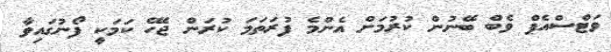
ވަޓްސްއެޕް ވެބް ބޭނުން ކުރުމަށް އެންމެ ފުރަތަމަ ކުރަން ޖެހޭ ކަމަކީ ފޯނުގައިވާ